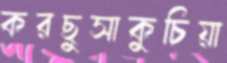
করছুসাকুচিয়া